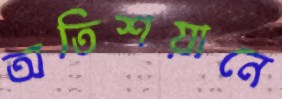
অতিশয়ানে